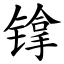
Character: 镎